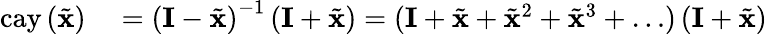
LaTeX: \begin{array}{rl}{\mathrm{cay}\left(\tilde{\mathbf{x}}\right)}&{{}=\left(\mathbf{I}-\tilde{\mathbf{x}}\right)^{-1}\left(\mathbf{I}+\tilde{\mathbf{x}}\right)=(\mathbf{I}+\tilde{\mathbf{x}}+\tilde{\mathbf{x}}^{2}+\tilde{\mathbf{x}}^{3}+\ldots)\left(\mathbf{I}+\tilde{\mathbf{x}}\right)}\end{array}